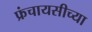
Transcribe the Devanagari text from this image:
फ्रंचायसीच्या